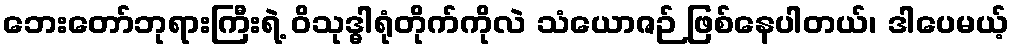
ဘေးတော်ဘုရားကြီးရဲ့ ဝိသုဒ္ဓါရုံတိုက်ကိုလဲ သံယောဇဉ် ဖြစ်နေပါတယ်၊ ဒါပေမယ့်